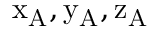
\mathrm { x _ { A } , y _ { A } , z _ { A } }